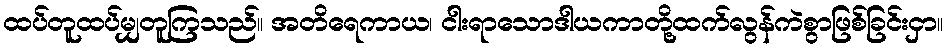
ထပ်တူထပ်မျှတူကြသည်။ အတိရေကာယ၊ ငါးရာသောဒါယကာတို့ထက်လွန်ကဲစွာဖြစ်ခြင်းငှာ။